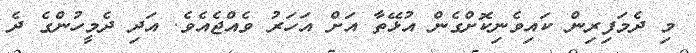
މި ދެމަފިރިން ކައިވެނިކޮށްގެން އުޅޭތާ އަށް އަހަރު ވެއްޖެއެވެ. އަދި ދެމީހުންގެ ދެ